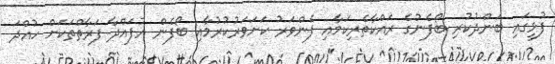
ފުޅީގައި ބަންދުކުރި ބޯފެނުގެ ރައްކާތެރިކަމާއި ފެންވަރު ކަށަވަރުކުރުމާއި ބޯފެން އުފައްދާ ފަރާތްތަކަށް ހުއްދަ